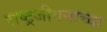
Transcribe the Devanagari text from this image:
राष्ट्रजीवनाच्या